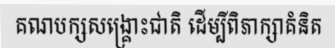
គណបក្សសង្គ្រោះជាតិ ដើម្បីពិភាក្សាគំនិត